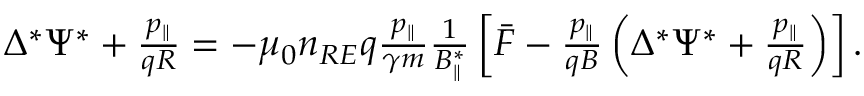
\begin{array} { r } { \Delta ^ { * } \Psi ^ { * } + \frac { p _ { \| } } { q R } = - \mu _ { 0 } n _ { R E } q \frac { p _ { \| } } { \gamma m } \frac { 1 } { B _ { \| } ^ { * } } \left[ \bar { F } - \frac { p _ { \| } } { q B } \left( \Delta ^ { * } \Psi ^ { * } + \frac { p _ { \| } } { q R } \right) \right] . } \end{array}